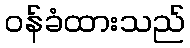
ဝန်ခံထားသည်